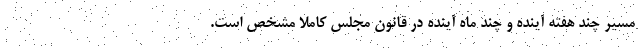
مسیر چند هفته آینده و چند ماه آینده در قانون مجلس کاملا مشخص است.